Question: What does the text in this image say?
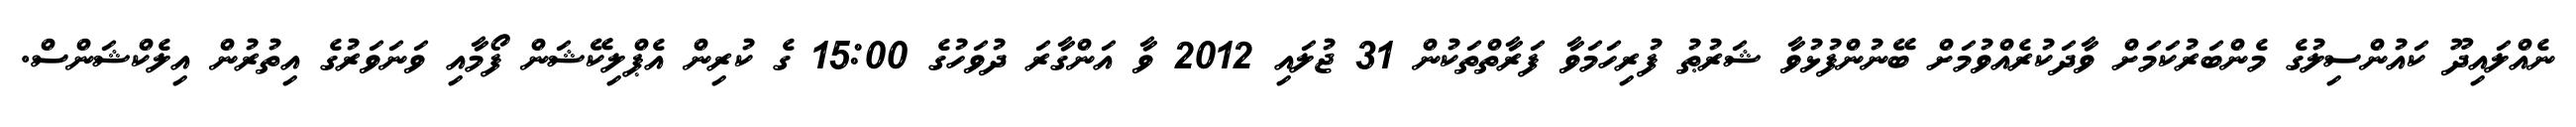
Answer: ނެއްލައިދޫ ކައުންސިލުގެ މެންބަރުކަމަށް ވާދަކުރެއްވުމަށް ބޭނުންފުޅުވާ ޝަރުޠު ފުރިހަމަވާ ފަރާތްތަކުން 31 ޖުލައި 2012 ވާ އަންގާރަ ދުވަހުގެ 15:00 ގެ ކުރިން އެޕްލިކޭޝަން ފޯމާއި ވަނަވަރުގެ އިތުރުން އިލެކްޝަންސް.